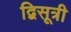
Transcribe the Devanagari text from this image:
द्विसूत्री